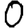
Digit: 0